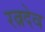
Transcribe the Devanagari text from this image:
रत्नदेव